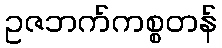
ဥဇဘက်ကစ္စတန်